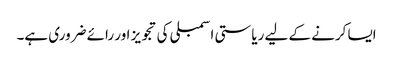
ایسا کرنے کے لیے ریاستی اسمبلی کی تجویز اور رائے ضروری ہے۔